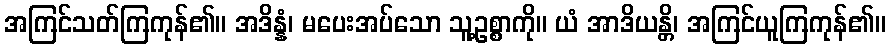
အကြင်သတ်ကြကုန်၏။ အဒိန္နံ၊ မပေးအပ်သော သူ့ဥစ္စာကို။ ယံ အာဒိယန္တိ၊ အကြင်ယူကြကုန်၏။